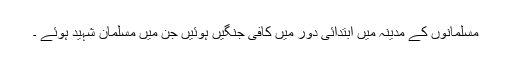
مسلمانوں کے مدینہ میں ابتدائی دور میں کافی جنگیں ہوئیں جن میں مسلمان شہید ہوئے ۔